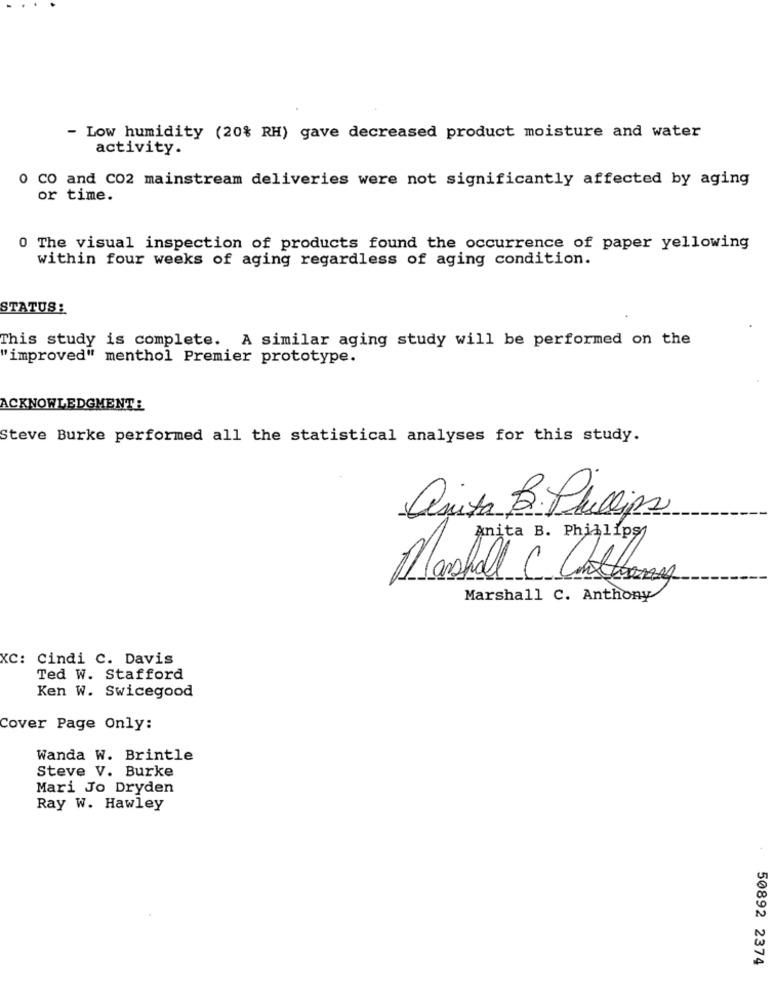
- Low humidity (20% RH) gave decreased product moisture and water
activity.
0 CO and CO2 mainstream deliveries were not significantly affected by aging
or time.
0 The visual inspection of products found the occurrence of paper yellowing
within four weeks of aging regardless of aging condition.
STATUS:
This study is complete. A similar aging study will be performed on the
"improved" menthol Premier prototype.
ACKNOWLEDGMENT:
Steve Burke performed all the statistical analyses for this study.
Quita B. Phillips
Anita B. Phillips
Marshall C Cattery
Marshall C. Anthony
XC: Cindi C. Davis
Ted W. Stafford
Ken W. Swicegood
Cover Page Only:
Wanda W. Brintle
Steve V. Burke
Mari Jo Dryden
Ray W. Hawley
50892 2374